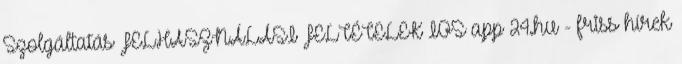
Szolgáltatás FELHASZNÁLÁSI FELTÉTELEK IOS app 24.hu - friss hírek